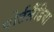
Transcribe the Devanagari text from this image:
पोर्टलैंडिया